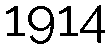
1914